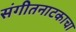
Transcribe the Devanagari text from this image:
संगीतनाटकाचा